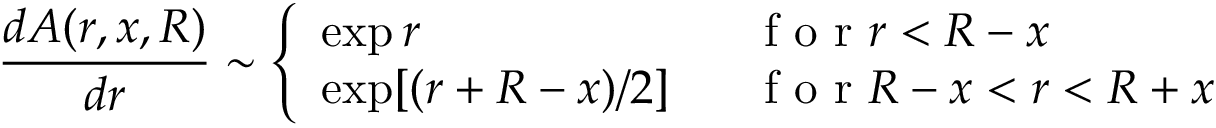
\frac { d A ( r , x , R ) } { d r } \sim \left\{ \begin{array} { l l } { \exp r \ \ \ } & { \mathrm { ~ f ~ o ~ r ~ } r < R - x \medskip } \\ { \exp [ ( r + R - x ) / 2 ] \ \ } & { \mathrm { ~ f ~ o ~ r ~ } R - x < r < R + x } \end{array} \right.